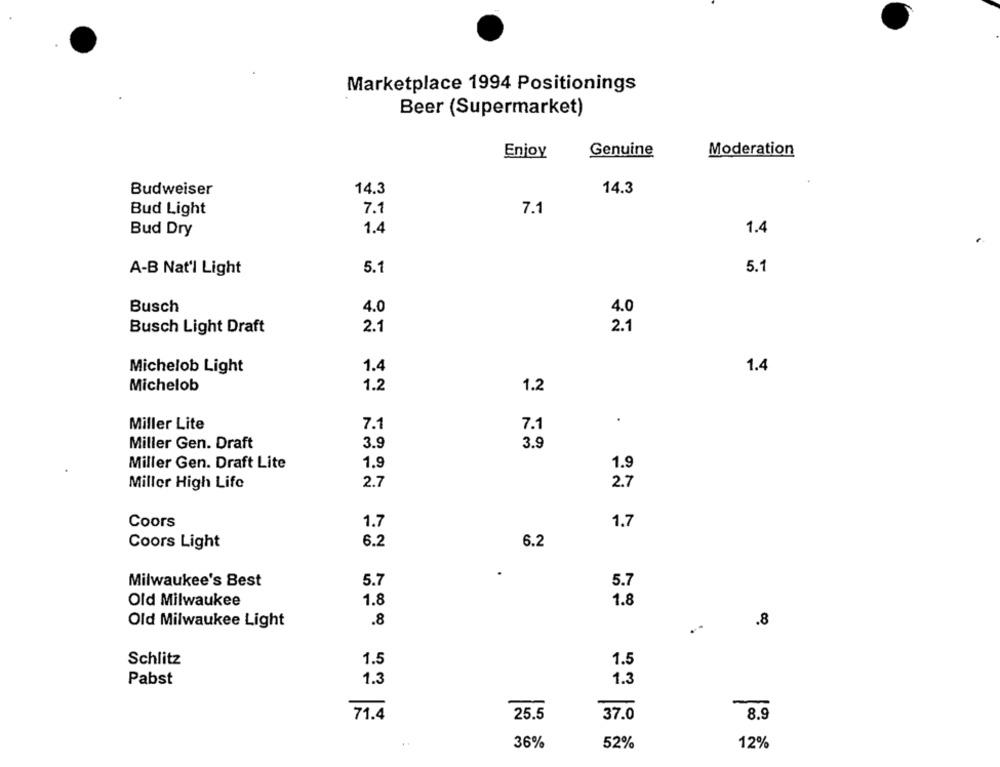
Marketplace 1994 Positionings
Beer (Supermarket)
Enjoy
Genuine
Moderation
Budweiser
14.3
14.3
Bud Light
7.1
7.1
1.4
1.4
Bud Dry
5.1
A-B Nat'l Light
5.
Busch
4.0
4.0
Busch Light Draft
2.1
2.1
1.4
1.4
Michelob Light
Michelob
1.2
1.2
.
Miller Lite
7.1
7.1
Miller Gen. Draft
3.9
3.9
Miller Gen. Draft Lite
1.9
1.9
2.7
2.7
Miller High Life
Coors
1.7
1.7
Coors Light
6.2
6.2
.
Milwaukee's Best
5.7
5.7
Old Milwaukee
1.8
1.8
.8
Old Milwaukee Light
.8
Schlitz
1.5
1.5
Pabst
1.3
1.3
71.4
25.5
37.0
8.9
36%
52%
12%